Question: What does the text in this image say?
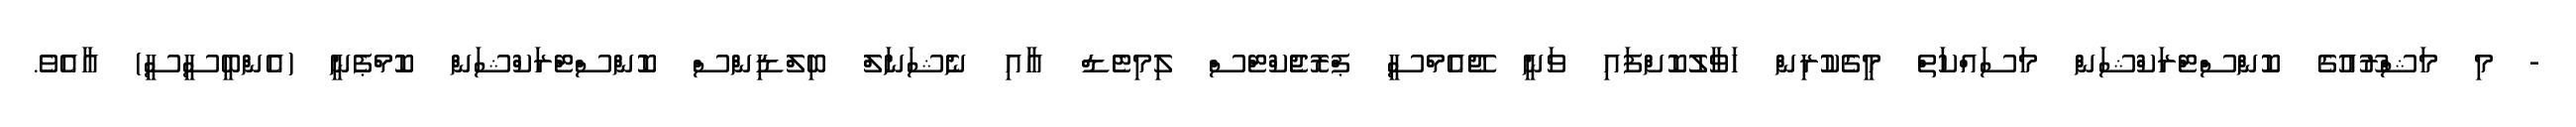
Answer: - މި މަޝްރޫއުގެ ކޮންސްޓްރަކްޝަން މަސައްކަތް މީގެކުރިން ހަވާލުކޮށްފައި ވަނީ ޖޭއެމްސީ ޕްރޮޖެކްޓްސް ލިމިޓެޑް އާއި ނެޝަނަލް ބިލްޑިންސް ކޮންސްޓްރަކްޝަން ކޮމްޕެނީ (އެންބީސީސީ) އާއެވެ.